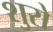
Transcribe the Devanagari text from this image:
शुरो